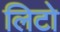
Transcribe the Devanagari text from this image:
लिटो